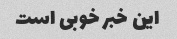
این خبر خوبی است